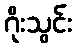
ဂိုးသွင်း